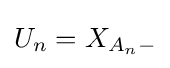
U_{n}=X_{A_{n}-}